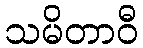
သမိတာဝီ